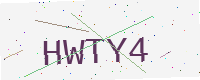
Text: HWTY4